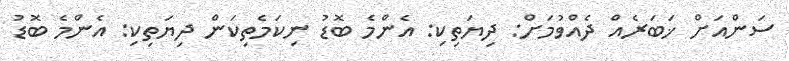
ސަންއަށް ޚަބަރެއް ދެއްވުމަށް: ދިޔަތިކި: އެންމެ ބޮޑު ނިކަމެތިކަން ދިޔަތިކި: އެންމެ ބޮޑު